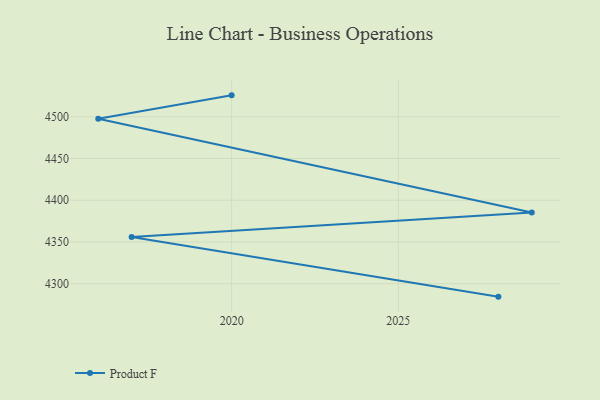
{"axis": {"x": "Year", "y": "Revenue (USD Million)"}, "legend": ["Product F"], "data": [{"x": "2020", "y": 4525.6, "type": "Product F"}, {"x": "2016", "y": 4497.5, "type": "Product F"}, {"x": "2029", "y": 4385.4, "type": "Product F"}, {"x": "2017", "y": 4356.0, "type": "Product F"}, {"x": "2028", "y": 4284.5, "type": "Product F"}]}